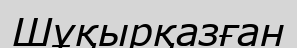
Шұқырқазған